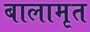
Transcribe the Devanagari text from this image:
बालामृत